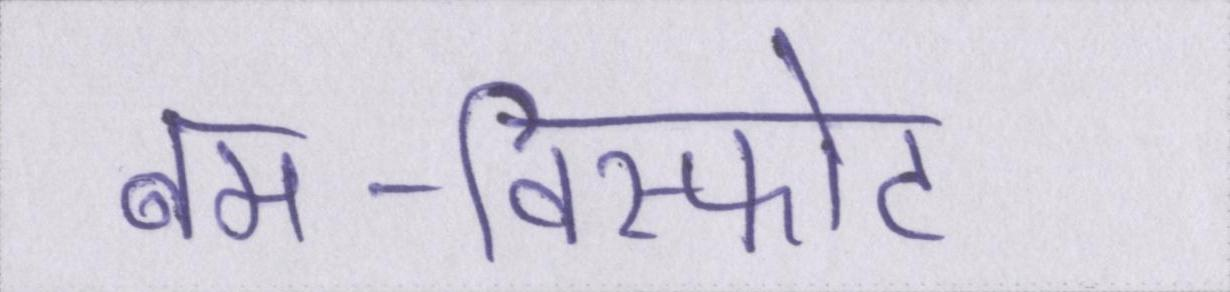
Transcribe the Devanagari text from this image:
बम-विस्फोट